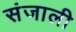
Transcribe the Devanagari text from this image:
संजाली